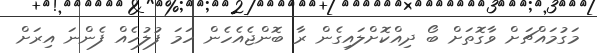
މަގުމައްޗަށް ވާގޮތަށް ބޯ ދިއްކޮށްލައިގެން ރާ ބޮންޖެއެހެން ހަމަ ފުލުހެއް ފެންނަ އިރަށް